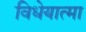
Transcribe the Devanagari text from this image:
विधेयात्मा